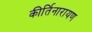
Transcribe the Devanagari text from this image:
कीर्तिनारायण